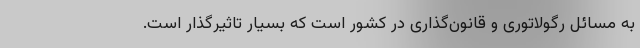
به مسائل رگولاتوری و قانون‌گذاری در کشور است که بسیار تاثیرگذار است.